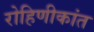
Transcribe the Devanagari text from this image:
रोहिणीकांत